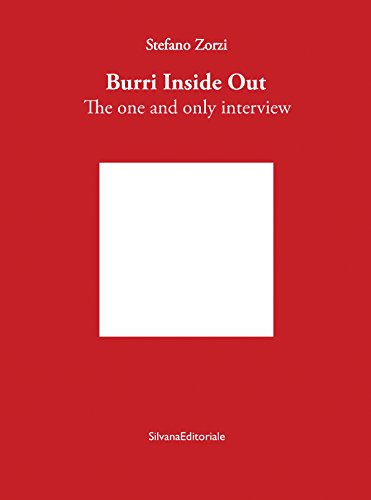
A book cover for Burri Inside Out: The One and Only Interview; Alberto Burri; Arts & Photography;